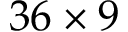
3 6 \times 9